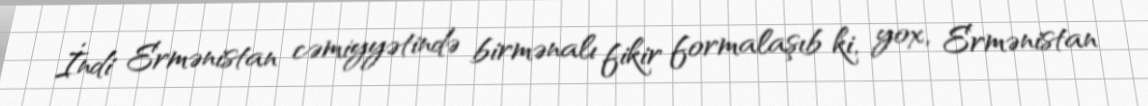
İndi Ermənistan cəmiyyətində birmənalı fikir formalaşıb ki, yox, Ermənistan